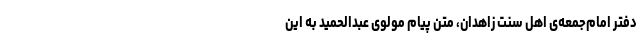
دفتر امام‌جمعه‌ی اهل سنت زاهدان،‌ متن پیام مولوی عبدالحمید به این